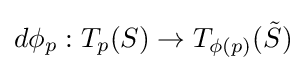
d\phi _{p}:T_{p}(S)\to T_{\phi (p)}({\tilde {S}})